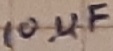
Text: 10µF